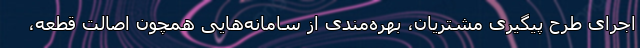
اجرای طرح پیگیری مشتریان، بهره‌مندی از سامانه‌هایی همچون اصالت قطعه،